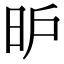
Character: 昈